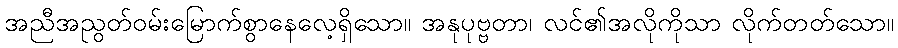
အညီအညွတ်ဝမ်းမြောက်စွာနေလေ့ရှိသော။ အနုပုဗ္ဗတာ၊ လင်၏အလိုကိုသာ လိုက်တတ်သော။